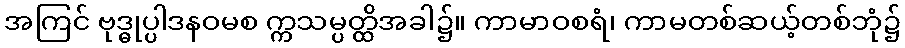
အကြင် ဗုဒ္ဓုပ္ပါဒနဝမစ က္ကသမ္ပတ္ထိအခါ၌။ ကာမာဝစရံ၊ ကာမတစ်ဆယ့်တစ်ဘုံ၌